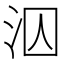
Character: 泅